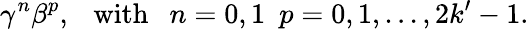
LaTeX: \gamma^{n}\beta^{p},~~~\mathrm{with}~~~n=0,1~~p=0,1,...,2k^{\prime}-1.